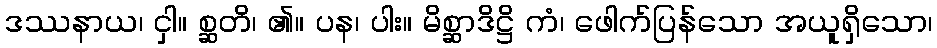
ဒဿနာယ၊ ငှါ။ စ္ဆတိ၊ ၏။ ပန၊ ပါး။ မိစ္ဆာဒိဋ္ဌိ ကံ၊ ဖေါက်ပြန်သော အယူရှိသော၊